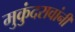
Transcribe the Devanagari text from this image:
मुकुंदरावांनी